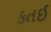
કતઈ